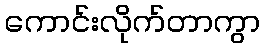
ကောင်းလိုက်တာကွာ